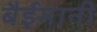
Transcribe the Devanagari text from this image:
बैईमानी